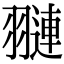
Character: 翴